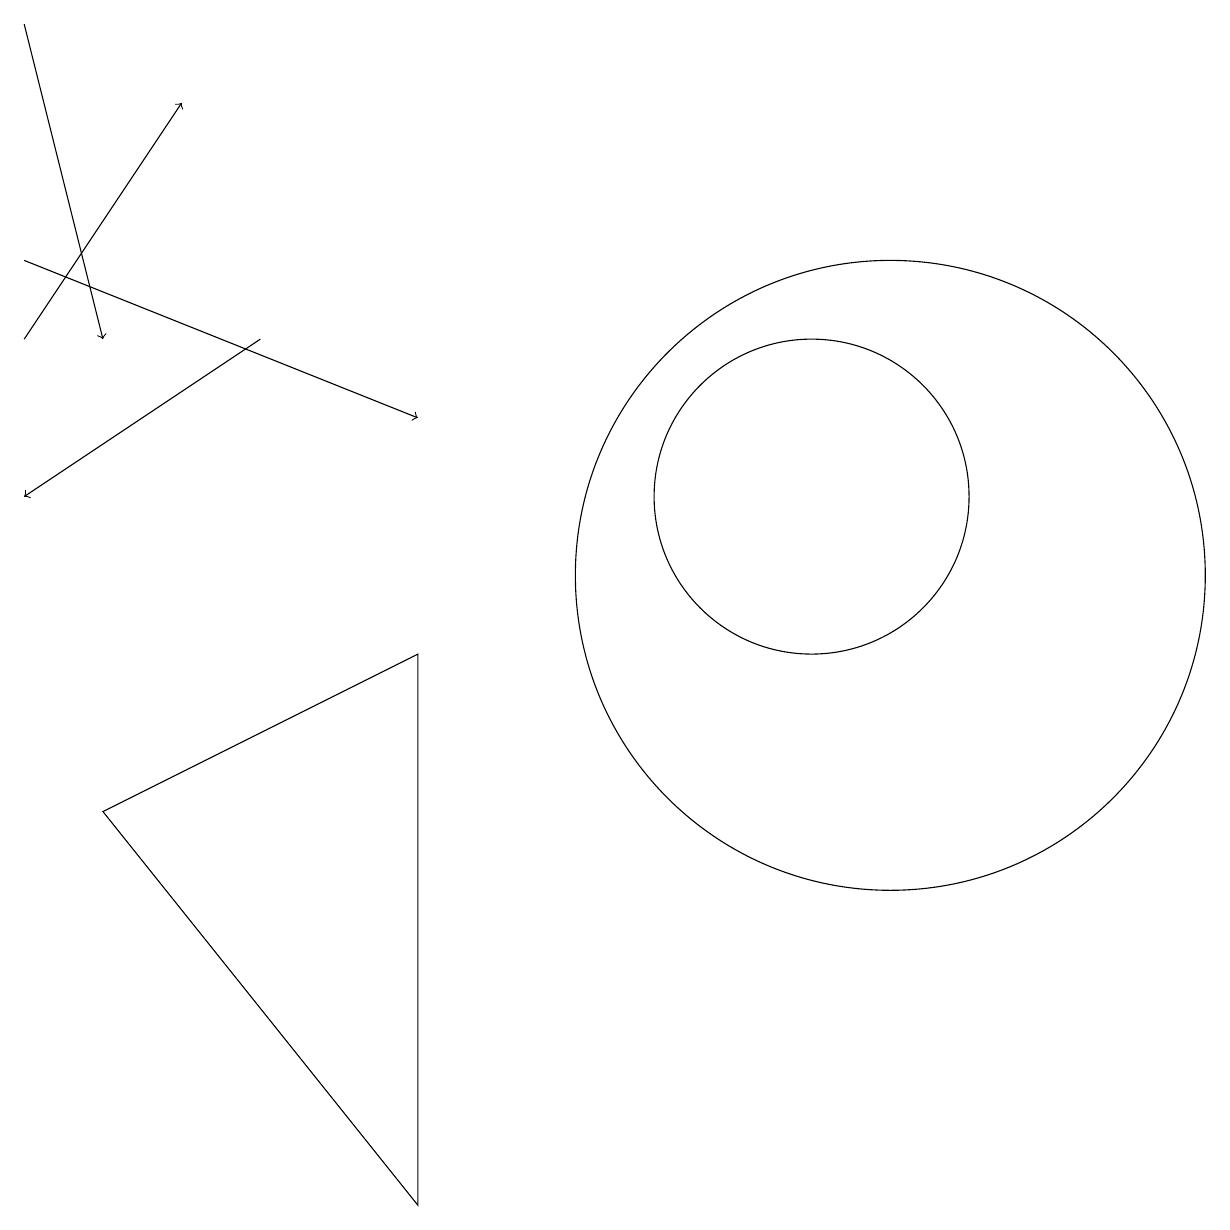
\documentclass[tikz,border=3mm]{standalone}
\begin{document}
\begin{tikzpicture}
\draw (11,10) circle (4);
\draw (10,11) circle (2);
\draw (5,2) -- (5,9) -- (1,7) -- cycle;
\draw[->] (0,14) -- (5,12);
\draw[->] (0,13) -- (2,16);
\draw[->] (3,13) -- (0,11);
\draw[->] (0,17) -- (1,13);
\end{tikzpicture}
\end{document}